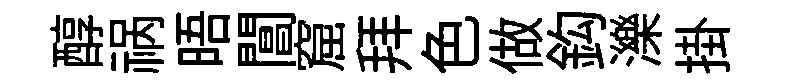
醇祸晤閶窟拜色做鈎濼掛